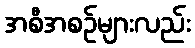
အစီအစဉ်များလည်း